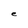
Character: e